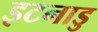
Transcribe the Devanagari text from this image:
इटनाडु